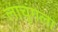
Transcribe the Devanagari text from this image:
लाचुंगला